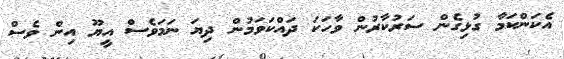
އެކަންކަމާ ގުޅިގެން ސަރުކާރުން ވާހަކަ ދައްކަވަމުން ދިޔަ ނަމަވެސް އީޔޫ އިން ވެސް